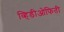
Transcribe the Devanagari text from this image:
व्हिडीओफिती